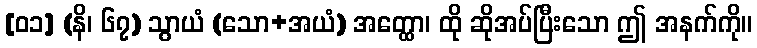
[၀၁] (နိ၊ ၆၇) သွာယံ (သော+အယံ) အတ္ထော၊ ထို ဆိုအပ်ပြီးသော ဤ အနက်ကို။